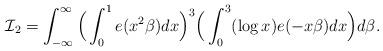
LaTeX: \begin{align*}\mathcal{I}_2=\int_{-\infty}^{\infty}\Big(\int_0^1e(x^2\beta)dx\Big)^3\Big(\int_0^3(\log x)e(-x\beta)dx\Big)d\beta.\end{align*}